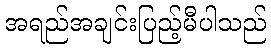
အရည်အချင်းပြည့်မီပါသည်